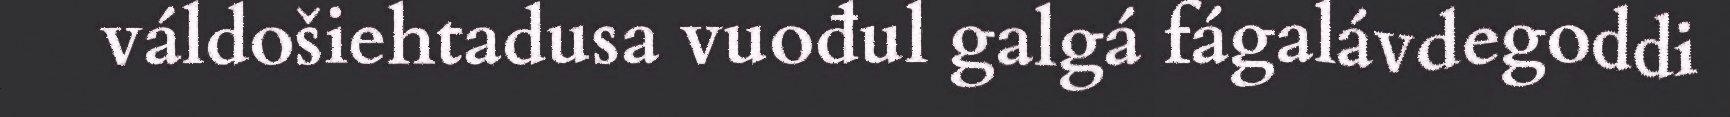
váldošiehtadusa vuođul galgá fágalávdegoddi